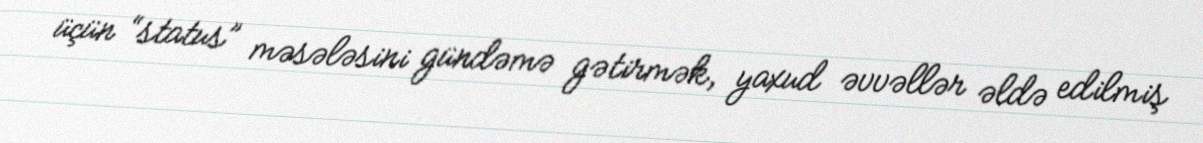
üçün “status” məsələsini gündəmə gətirmək, yaxud əvvəllər əldə edilmiş